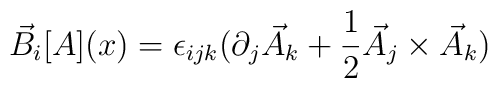
\vec{B}_{i}[A](x)=\epsilon_{ijk}(\partial_{j}\vec{A}_{k}+\frac{1}{2} \vec{A}_{j}\times \vec{A}_{k})